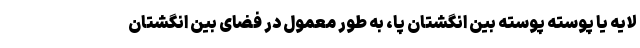
لایه یا پوسته پوسته بین انگشتان پا، به طور معمول در فضای بین انگشتان